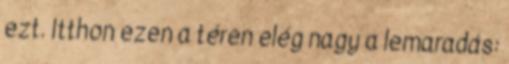
ezt. Itthon ezen a téren elég nagy a lemaradás: